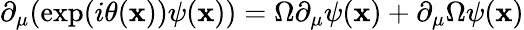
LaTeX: \partial_{\mu}(\exp(i\theta(\mathbf{x}))\psi(\mathbf{x}))=\Omega\partial_{\mu}\psi(\mathbf{x})+\partial_{\mu}\Omega\psi(\mathbf{x})